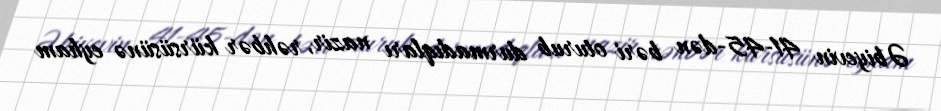
Əbiyevin 41-45-dən bəri oturub durmadıqları nazir, rəhbər kürsüsünə eyham